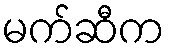
မက်ဆီက